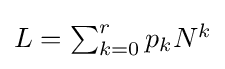
{\textstyle L=\sum _{k=0}^{r}p_{k}N^{k}}